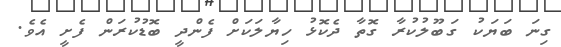
ގިނަ ބަޔަކު ގަބޫލުކުރާ ގޮތާ ދެކޮޅު ހިޔާލަކަށް ފެންދީ ބޮޑުކުރަން ފެށީ އެވެ.